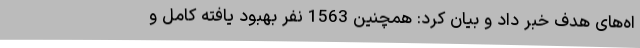
اه‌های هدف خبر داد و بیان کرد: همچنین 1563 نفر بهبود یافته کامل و